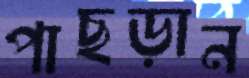
পাছড়ান